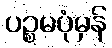
ပဉ္စမပုံမှန်